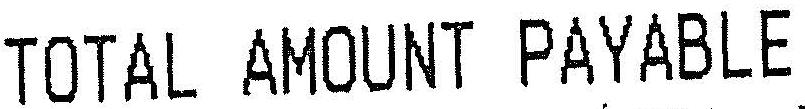
TOTAL AMOUNT PAYABLE